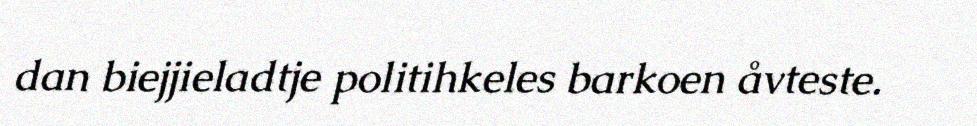
dan biejjieladtje politihkeles barkoen åvteste.